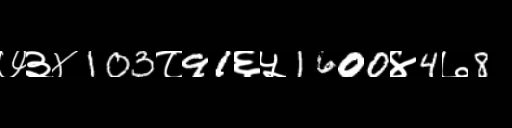
Text: ७३४103८91६५1600४4७8